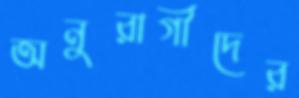
অনুরাগীদের